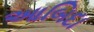
આબિદા